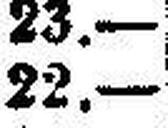
22.—